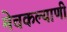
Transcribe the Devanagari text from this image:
मेचकल्याणी